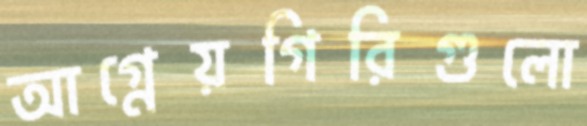
আগ্নেয়গিরিগুলো